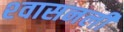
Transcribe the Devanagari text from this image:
श्‍वासनली